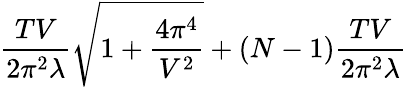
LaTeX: \frac{TV}{2\pi^{2}\lambda}\sqrt{1+\frac{4\pi^{4}}{V^{2}}}+(N-1)\frac{TV}{2\pi^{2}\lambda}